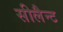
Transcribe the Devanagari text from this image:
सीलैन्ट